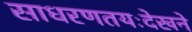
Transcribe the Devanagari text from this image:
साधरणतयःदेखने